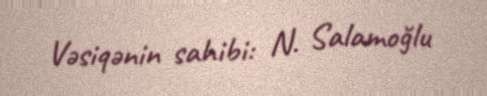
Vəsiqənin sahibi: N. Salamoğlu